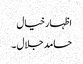
اظہارخیال
حامد جلال ۔